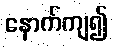
နောက်ကျ၍